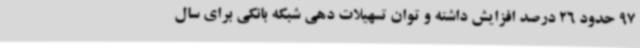
97 حدود 26 درصد افزایش داشته و توان تسهیلات دهی شبکه بانکی برای سال